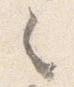
々